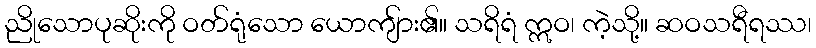
ညိုသောပုဆိုးကို ဝတ်ရုံသော ယောကျ်ား၏။ သရိရံ ဣဝ၊ ကဲ့သို့။ ဆဝသရီရဿ၊